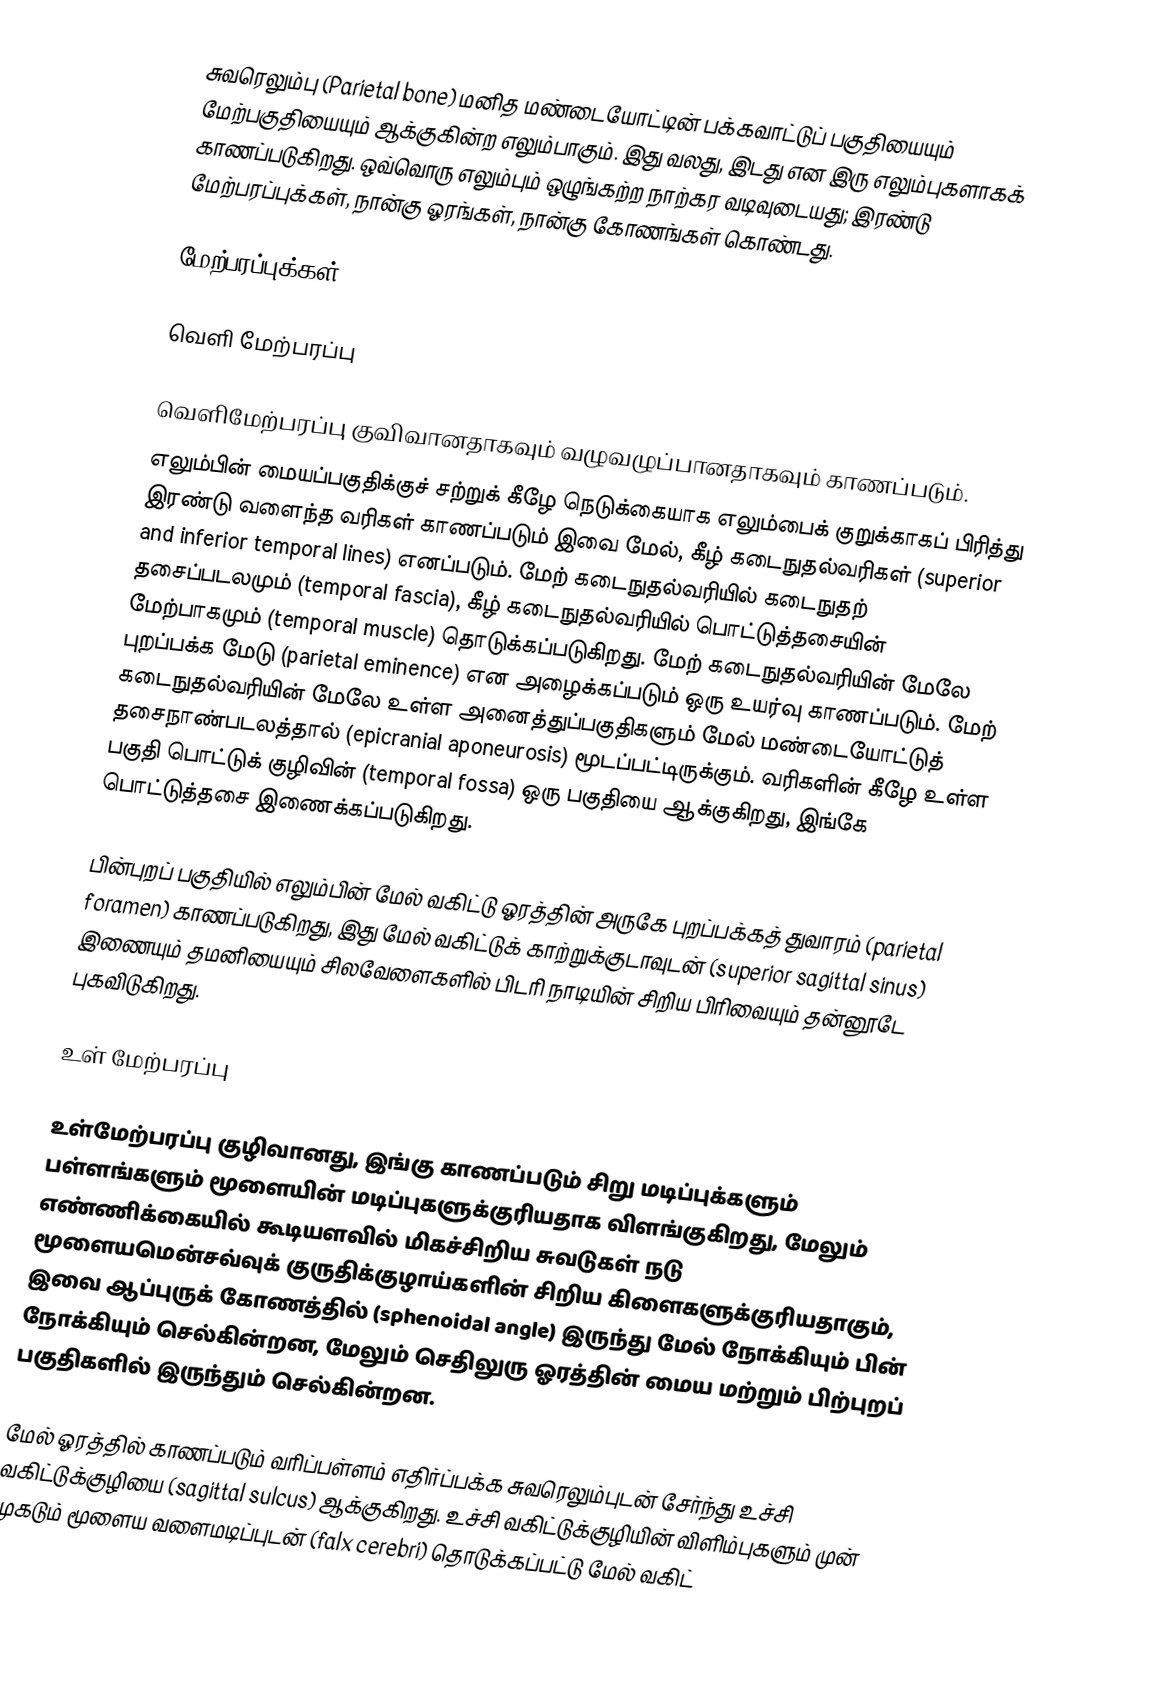
சுவரெலும்பு (Parietal bone) மனித மண்டையோட்டின் பக்கவாட்டுப் பகுதியையும் மேற்பகுதியையும் ஆக்குகின்ற எலும்பாகும். இது வலது, இடது என இரு எலும்புகளாகக் காணப்படுகிறது. ஒவ்வொரு எலும்பும் ஒழுங்கற்ற நாற்கர வடிவுடையது; இரண்டு மேற்பரப்புக்கள், நான்கு ஓரங்கள், நான்கு கோணங்கள் கொண்டது.

மேற்பரப்புக்கள்

வெளி மேற்பரப்பு

வெளிமேற்பரப்பு குவிவானதாகவும் வழுவழுப்பானதாகவும் காணப்படும்.
எலும்பின் மையப்பகுதிக்குச் சற்றுக் கீழே நெடுக்கையாக எலும்பைக் குறுக்காகப் பிரித்து இரண்டு வளைந்த வரிகள் காணப்படும் இவை மேல், கீழ் கடைநுதல்வரிகள் (superior and inferior temporal lines) எனப்படும். மேற் கடைநுதல்வரியில் கடைநுதற் தசைப்படலமும் (temporal fascia), கீழ் கடைநுதல்வரியில் பொட்டுத்தசையின் மேற்பாகமும் (temporal muscle) தொடுக்கப்படுகிறது. மேற் கடைநுதல்வரியின் மேலே புறப்பக்க மேடு (parietal eminence) என அழைக்கப்படும் ஒரு உயர்வு காணப்படும். மேற் கடைநுதல்வரியின் மேலே உள்ள அனைத்துப்பகுதிகளும் மேல் மண்டையோட்டுத் தசைநாண்படலத்தால் (epicranial aponeurosis) மூடப்பட்டிருக்கும். வரிகளின் கீழே உள்ள பகுதி பொட்டுக் குழிவின் (temporal fossa) ஒரு பகுதியை ஆக்குகிறது, இங்கே பொட்டுத்தசை இணைக்கப்படுகிறது.

பின்புறப் பகுதியில் எலும்பின் மேல் வகிட்டு ஓரத்தின் அருகே புறப்பக்கத் துவாரம் (parietal foramen) காணப்படுகிறது, இது மேல் வகிட்டுக் காற்றுக்குடாவுடன் (superior sagittal sinus) இணையும் தமனியையும் சிலவேளைகளில் பிடரி நாடியின் சிறிய பிரிவையும் தன்னூடே புகவிடுகிறது.

உள் மேற்பரப்பு

உள்மேற்பரப்பு குழிவானது, இங்கு காணப்படும் சிறு மடிப்புக்களும் பள்ளங்களும் மூளையின் மடிப்புகளுக்குரியதாக விளங்குகிறது, மேலும் எண்ணிக்கையில் கூடியளவில் மிகச்சிறிய சுவடுகள் நடு மூளையமென்சவ்வுக் குருதிக்குழாய்களின் சிறிய கிளைகளுக்குரியதாகும், இவை ஆப்புருக் கோணத்தில் (sphenoidal angle) இருந்து மேல் நோக்கியும் பின் நோக்கியும் செல்கின்றன, மேலும் செதிலுரு ஓரத்தின் மைய மற்றும் பிற்புறப் பகுதிகளில் இருந்தும் செல்கின்றன.

மேல் ஓரத்தில் காணப்படும் வரிப்பள்ளம் எதிர்ப்பக்க சுவரெலும்புடன் சேர்ந்து உச்சி வகிட்டுக்குழியை (sagittal sulcus) ஆக்குகிறது. உச்சி வகிட்டுக்குழியின் விளிம்புகளும் முன் முகடும் மூளைய வளைமடிப்புடன் (falx cerebri) தொடுக்கப்பட்டு மேல் வகிட்